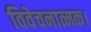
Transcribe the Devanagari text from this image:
विवेचनात्मक।